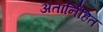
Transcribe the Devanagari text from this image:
अतार्निहित